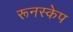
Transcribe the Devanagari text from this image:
रूनस्केप